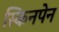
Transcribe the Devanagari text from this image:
स्किनपेन